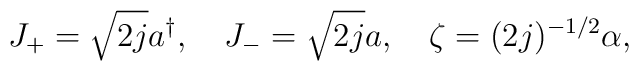
J_+ = \sqrt{2j} a^\dagger, \quad J_- = \sqrt{2j} a, \quad \zeta =(2j)^{-1/2} \alpha,